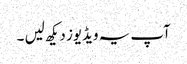
آپ یہ ویڈیوز دیکھ لیں ۔